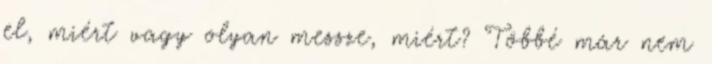
el, miért vagy olyan messze, miért? Többé már nem